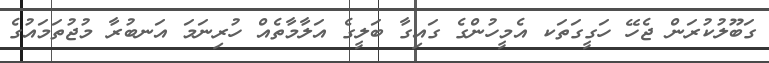
ގަބޫލުކުރަން ޖެހޭ ހަގީގަތަކ އެމީހުންގެ ގައިގާ ބަލީގެ އަލާމާތެއް ހުރިނަމަ އަނބުރާ މުޖުތަމައުގެ